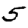
Digit: 5